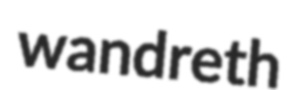
wandreth